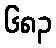
၆၈၃